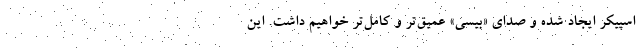
اسپیکر ایجاد شده و صدای «بیسی» عمیق‌تر و کامل‌تر خواهیم داشت. این